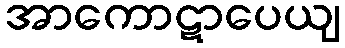
အာကောဋာပေယျ